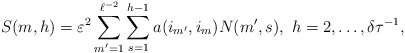
\begin{align*}S(m,h)= \varepsilon^2\sum\limits_{m'=1}^{\ell^{-2}}\sum\limits_{s=1}^{h-1}a(i_{m'},i_{m})N(m',s), \ h=2,\ldots, \delta\tau^{-1},\end{align*}